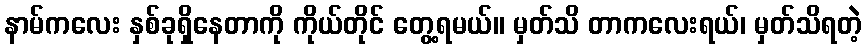
နာမ်ကလေး နှစ်ခုရှိနေတာကို ကိုယ်တိုင် တွေ့ရမယ်။ မှတ်သိ တာကလေးရယ်၊ မှတ်သိရတဲ့